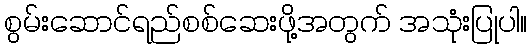
စွမ်းဆောင်ရည်စစ်ဆေးဖို့အတွက် အသုံးပြုပါ။